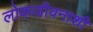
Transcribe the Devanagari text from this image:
लोकजीवनाशी